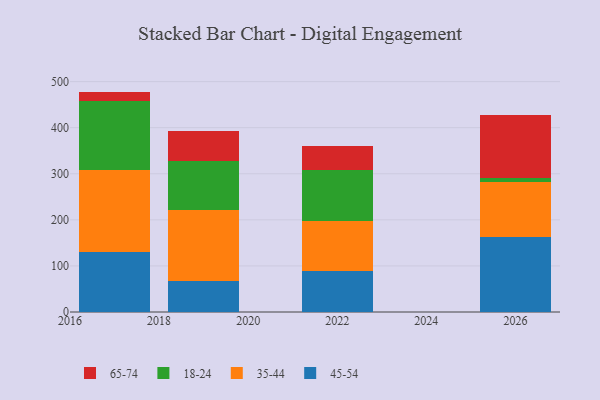
{"axis": {"x": "Year", "y": "Revenue (USD Million)"}, "legend": ["18-24", "35-44", "45-54", "65-74"], "data": [{"x": "2017", "y": 129.2, "type": "45-54"}, {"x": "2017", "y": 179.1, "type": "35-44"}, {"x": "2017", "y": 149.1, "type": "18-24"}, {"x": "2017", "y": 20.9, "type": "65-74"}, {"x": "2022", "y": 88.9, "type": "45-54"}, {"x": "2022", "y": 109.0, "type": "35-44"}, {"x": "2022", "y": 111.2, "type": "18-24"}, {"x": "2022", "y": 50.2, "type": "65-74"}, {"x": "2026", "y": 163.5, "type": "45-54"}, {"x": "2026", "y": 119.3, "type": "35-44"}, {"x": "2026", "y": 9.0, "type": "18-24"}, {"x": "2026", "y": 136.5, "type": "65-74"}, {"x": "2019", "y": 66.3, "type": "45-54"}, {"x": "2019", "y": 154.8, "type": "35-44"}, {"x": "2019", "y": 107.2, "type": "18-24"}, {"x": "2019", "y": 63.6, "type": "65-74"}]}